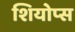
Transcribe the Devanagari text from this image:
शियोप्‍स